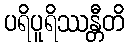
ပရိပူရိဿန္တီတိ